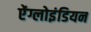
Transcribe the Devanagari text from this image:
ऐंग्लोइंडियन